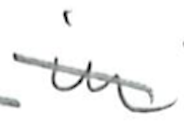
Text: in
Cross-out: diagonal
Writing tool: pencil